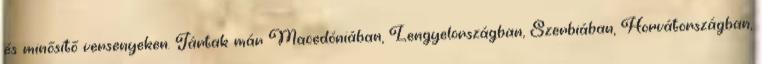
és minősítő versenyeken. Jártak már Macedóniában, Lengyelországban, Szerbiában, Horvátországban,